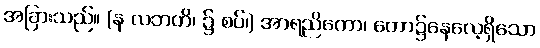
အခြားသည်။ (န လဘတိ၊ ၌ စပ်၊) အာရညိကော၊ တော၌နေလေ့ရှိသော